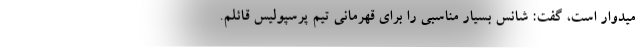
میدوار است، گفت: شانس بسیار مناسبی را برای قهرمانی تیم پرسپولیس قائلم.